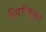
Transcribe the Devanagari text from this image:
स्पिरीचुअल